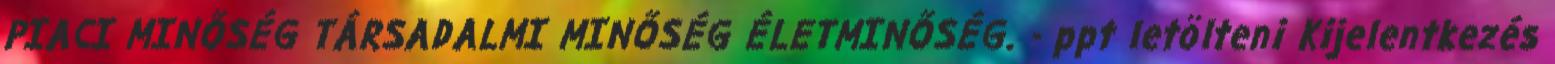
PIACI MINŐSÉG TÁRSADALMI MINŐSÉG ÉLETMINŐSÉG. - ppt letölteni Kijelentkezés